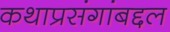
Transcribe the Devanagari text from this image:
कथाप्रसंगांबद्दल